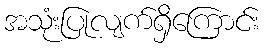
အသုံးပြုလျက်ရှိကြောင်း